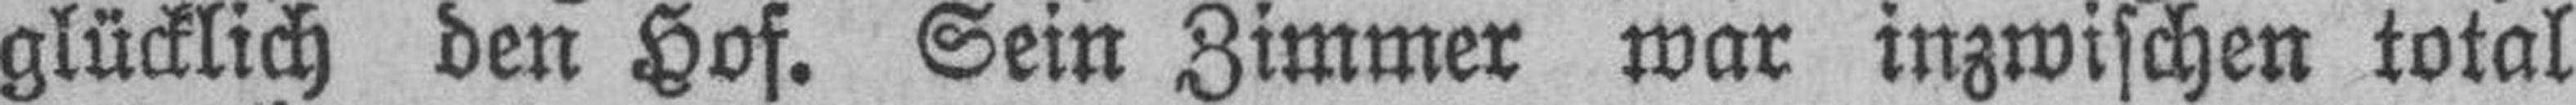
glücklich den Hof. Sein Zimmer war inzwischen total